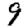
Digit: 9